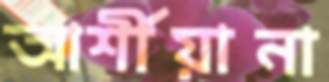
আর্শীয়ানা